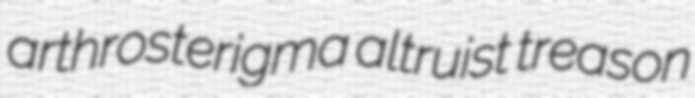
arthrosterigma altruist treason